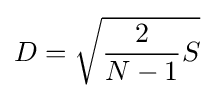
D={\sqrt {{\frac {2}{N-1}}S}}